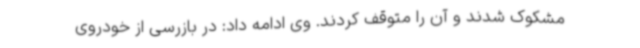
مشکوک شدند و آن را متوقف کردند. وی ادامه داد: در بازرسی از خودروی